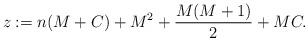
LaTeX: \begin{align*}z:=n (M + C) + M^2 + \frac{M(M+1)}{2} + MC.\end{align*}